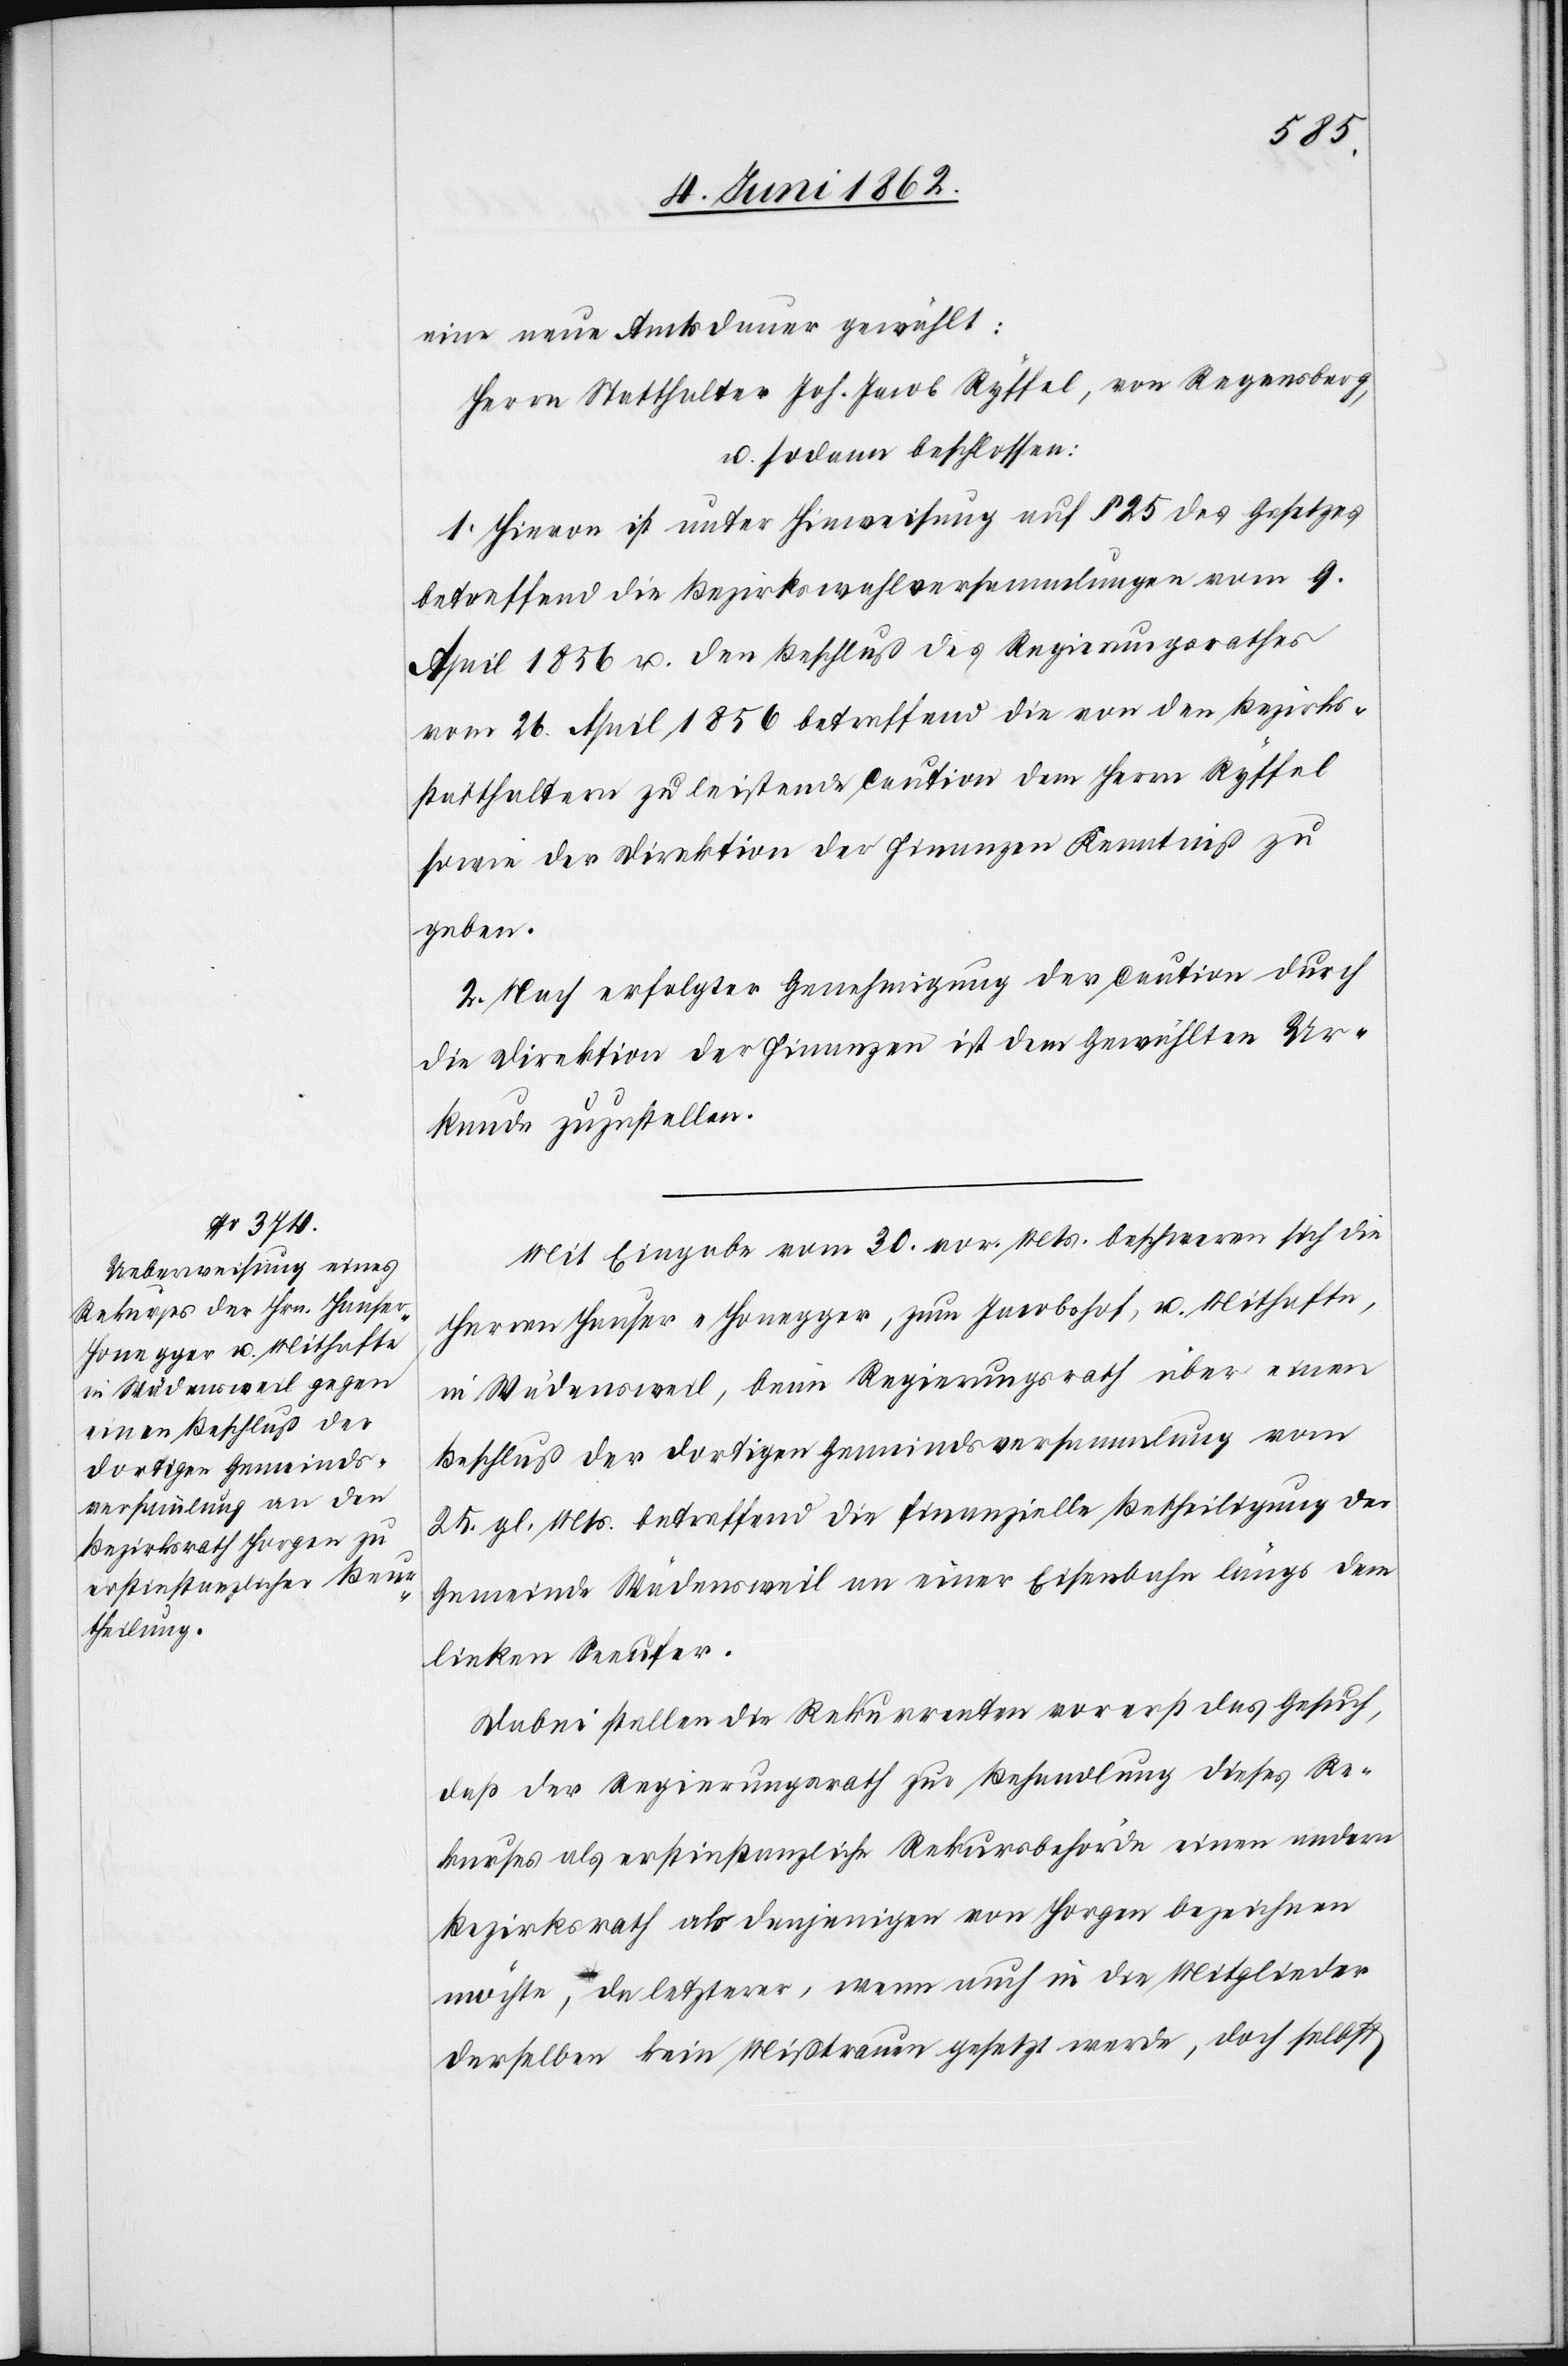
eine neue Amtsdauer gewählt:
Herrn Statthalter Joh. Jacob Ryffel, von Regensberg,
u. sodann beschlossen:
1. Hievon ist unter Hinweisung auf § 25 des Gesetzes
betreffend die Bezirkswahlversammlungen vom 9.
April 1856 u. den Beschluß des Regierungsrathes
vom 26. April 1856 betreffend die von den Bezirks¬
statthaltern zu leistende Caution dem Herrn Ryffel
sowie der Direktion der Finanzen Kenntniß zu
geben.
2. Nach erfolgter Genehmigung der Caution durch
die Direktion der Finanzen ist dem Gewählten Ur¬
kunde zuzustellen.
Mit Eingabe vom 30. vor. Mts. beschweren sich die
Herren Hauser-Honegger, zum Jacobhof, u. Mithafte,
in Wädensweil, beim Regierungsrath über einen
Beschluß der dortigen Gemeindsversammlung vom
25. gl. Mts. betreffend die finanzielle Betheiligung der
Gemeinde Wädensweil an einer Eisenbahn längs dem
linken Seeufer.
Dabei stellen die Rekurrenten vorerst das Gesuch,
daß der Regierungsrath zur Behandlung dieses Re¬
kurses als erstinstanzliche Rekursbehörde einen andern
Bezirksrath als denjenigen von Horgen bezeichnen
möchte, da letzterer, wenn auch in die Mitglieder
derselben kein Mißtrauen gesetzt werde, doch selbst